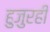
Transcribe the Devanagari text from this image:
हुजुरही